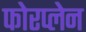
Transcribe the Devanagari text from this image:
फोरप्लेन